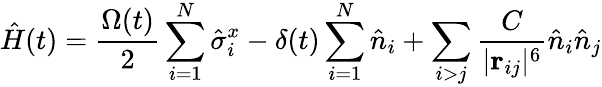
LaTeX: \hat{H}(t)=\frac{\Omega(t)}{2}\sum_{i=1}^{N}\hat{\sigma}_{i}^{x}-\delta(t)\sum_{i=1}^{N}\hat{n}_{i}+\sum_{i>j}\frac{C}{|\mathbf r_{ij}|^{6}}\hat{n}_{i}\hat{n}_{j}